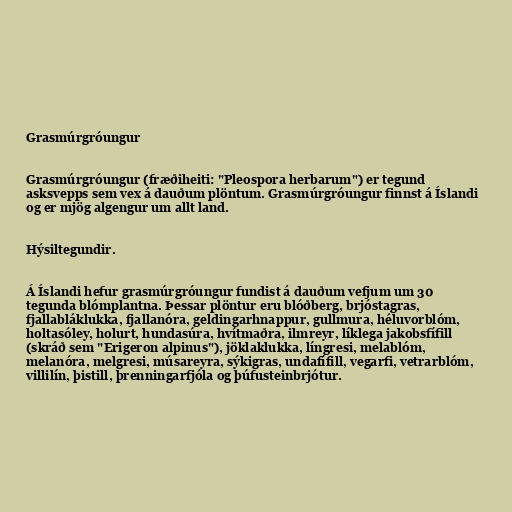
Grasmúrgróungur

Grasmúrgróungur (fræðiheiti: "Pleospora herbarum") er tegund
asksvepps sem vex á dauðum plöntum. Grasmúrgróungur finnst á Íslandi
og er mjög algengur um allt land.

Hýsiltegundir.

Á Íslandi hefur grasmúrgróungur fundist á dauðum vefjum um 30
tegunda blómplantna. Þessar plöntur eru blóðberg, brjóstagras,
fjallabláklukka, fjallanóra, geldingarhnappur, gullmura, héluvorblóm,
holtasóley, holurt, hundasúra, hvítmaðra, ilmreyr, líklega jakobsfífill
(skráð sem "Erigeron alpinus"), jöklaklukka, língresi, melablóm,
melanóra, melgresi, músareyra, sýkigras, undafífill, vegarfi, vetrarblóm,
villilín, þistill, þrenningarfjóla og þúfusteinbrjótur.